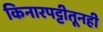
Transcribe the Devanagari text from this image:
किनारपट्टीतूनही